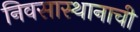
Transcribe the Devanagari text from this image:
निवसास्थानाची